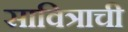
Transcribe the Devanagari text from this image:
सावित्राची